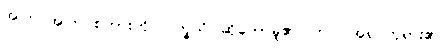
အကြင်အကြင်စကားကို။ ဝက္ခသိ၊ ဆိုတော်မူ၏။ တဝ၊ အရှင်ဘုရား၏။